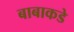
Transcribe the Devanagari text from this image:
बाबाकडे